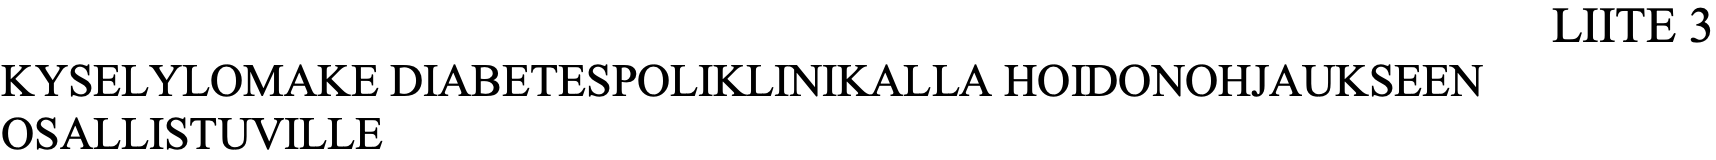
LIITE 3 KYSELYLOMAKE DIABETESPOLIKLINIKALLA HOIDONOHJAUKSEEN OSALLISTUVILLE